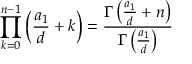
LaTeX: \prod _ { k = 0 } ^ { n - 1 } \left( { \frac { a _ { 1 } } { d } } + k \right) = { \frac { \Gamma \left( { \frac { a _ { 1 } } { d } } + n \right) } { \Gamma \left( { \frac { a _ { 1 } } { d } } \right) } }